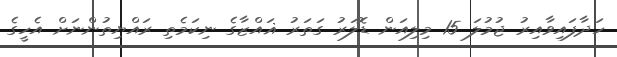
ހަދާފައިވާއިރު ޖުމުލަ 15 މިލިއަން ޑޮލަރު ގަތަރު ޣައްޒާގެ ނިކަމެތި ރައްޔިތުންނަށް އެހީގެ